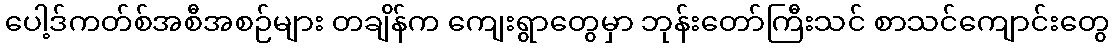
ပေါ့ဒ်ကတ်စ်အစီအစဉ်များ တချိန်က ကျေးရွာတွေမှာ ဘုန်းတော်ကြီးသင် စာသင်ကျောင်းတွေ